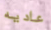
عاديه